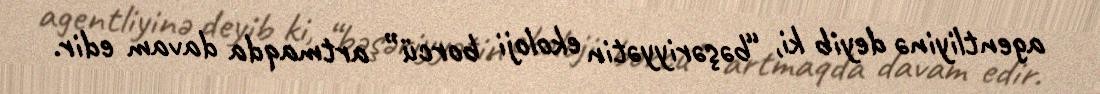
agentliyinə deyib ki, “bəşəriyyətin ekoloji borcü” artmaqda davam edir.